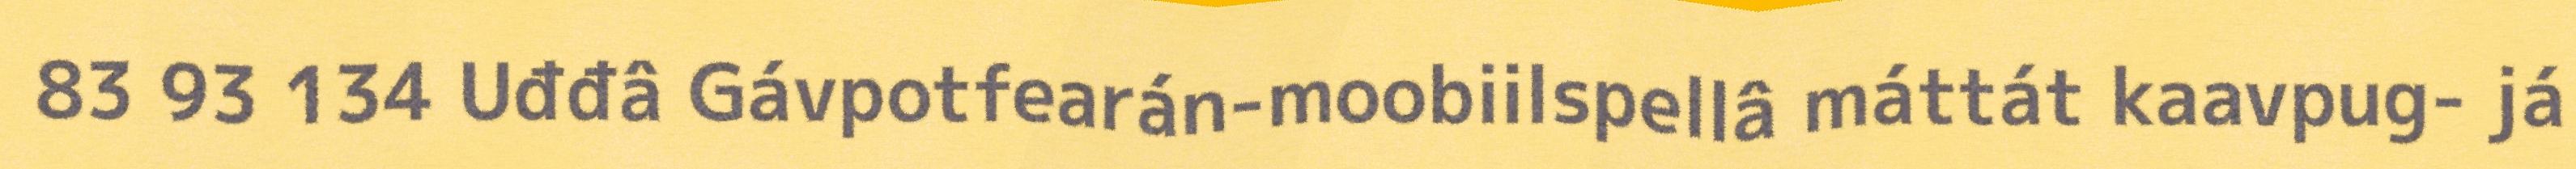
83 93 134 Uđđâ Gávpotfearán-moobiilspellâ máttát kaavpug- já